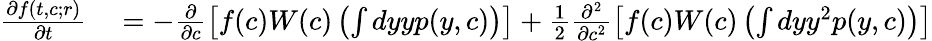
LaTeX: \begin{array}{rl}{\frac{\partial f(t,c;r)}{\partial t}}&{{}=-\frac{\partial}{\partial c}\left[f(c)W(c)\left(\int dyyp(y,c)\right)\right]+\frac{1}{2}\frac{\partial^{2}}{\partial c^{2}}\left[f(c)W(c)\left(\int dyy^{2}p(y,c)\right)\right]}\end{array}